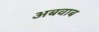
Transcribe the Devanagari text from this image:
अबवाब